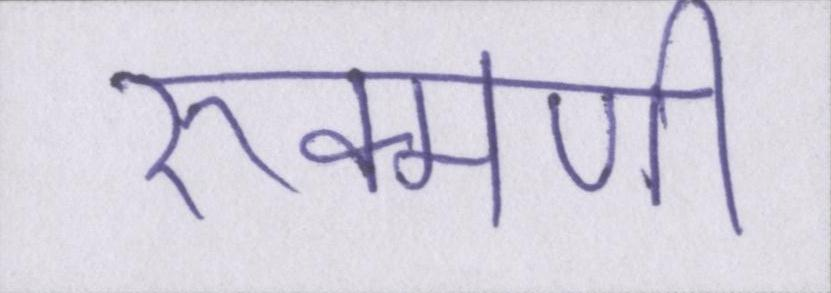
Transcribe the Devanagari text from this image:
रुक्मणी